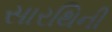
સારથિની